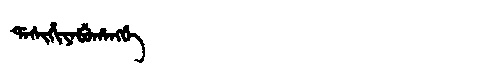
Manchu: ᡩᠠᠰᡳᡥᡳᠶᠠᠪᡠᡥᠠᠩᡤᡝ
Romanization: DASIHIYABUHANGGE